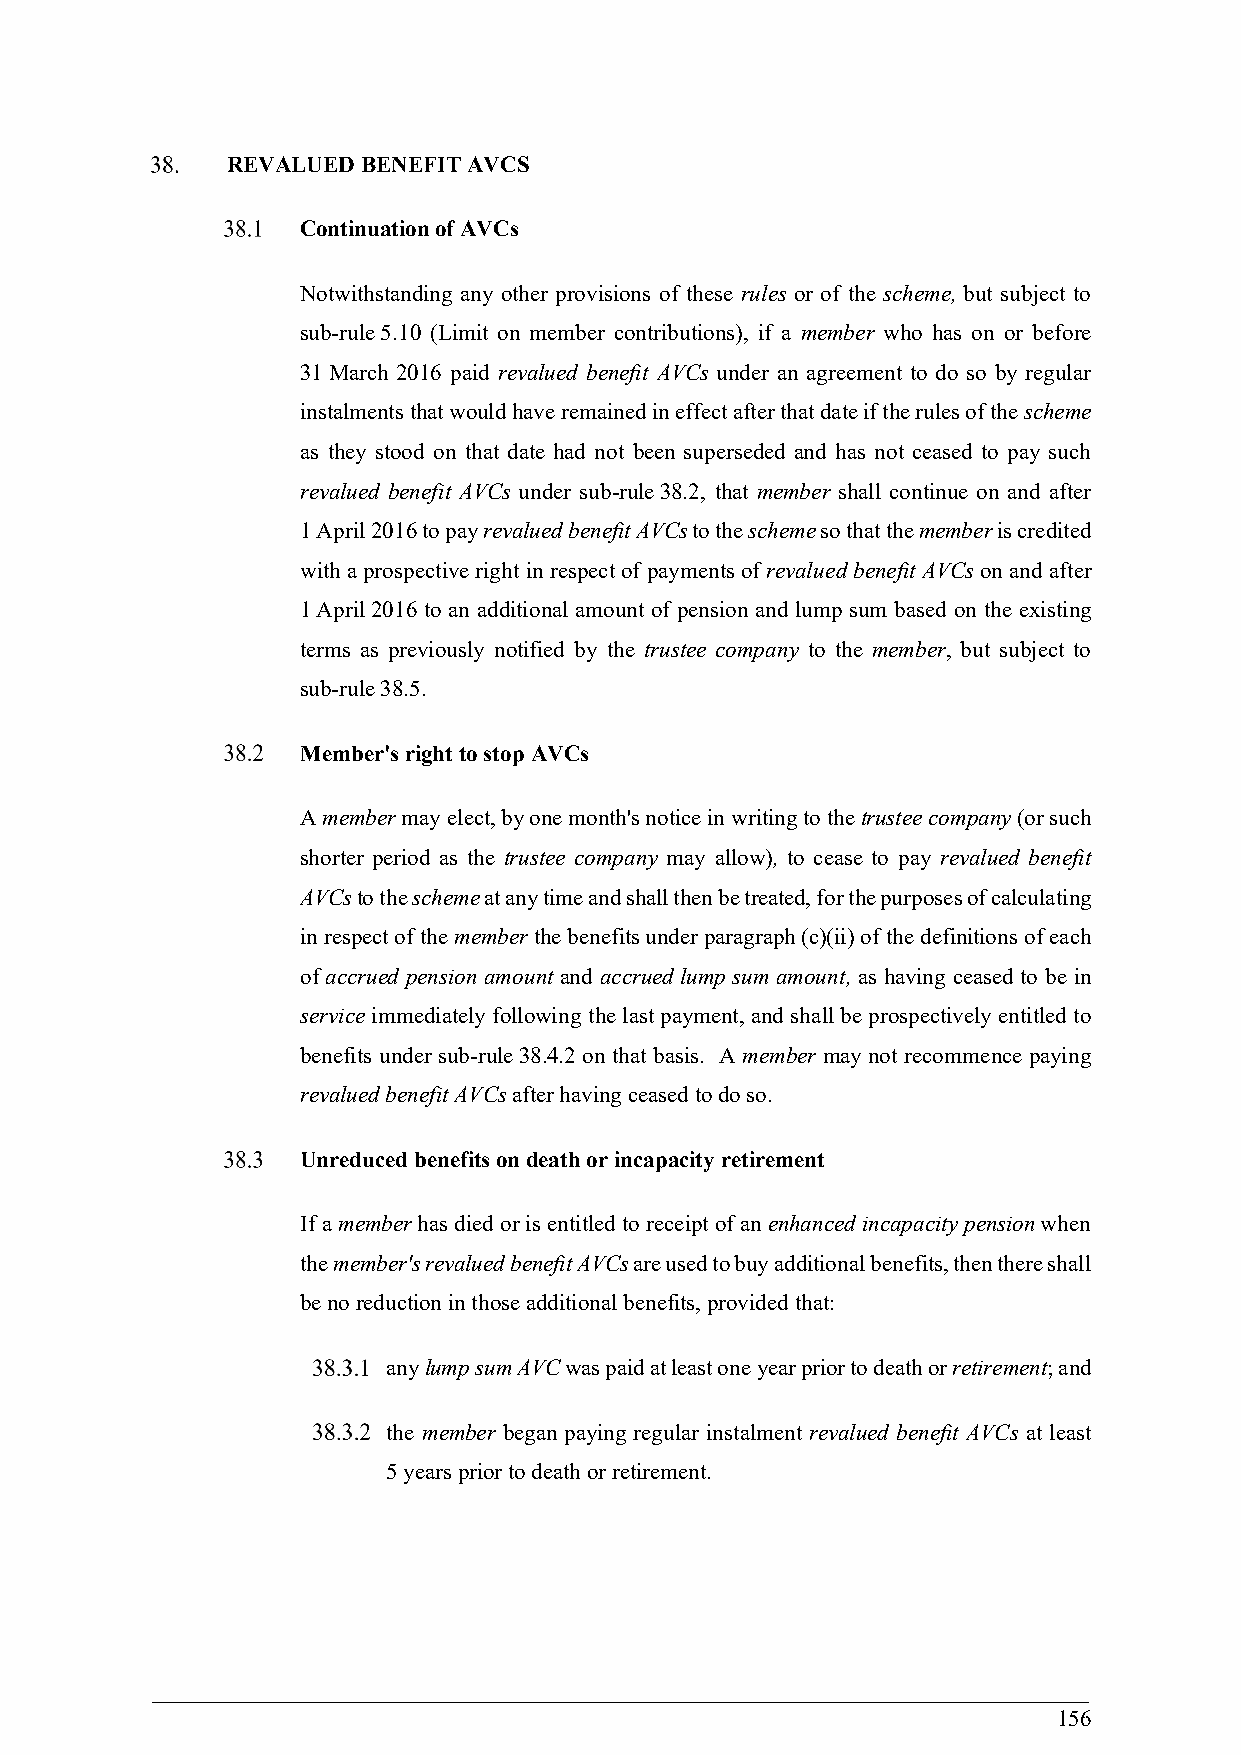
REVALUED BENEFIT AVCS
 Continuation of AVCs
 Notwithstanding any other provisions of these rules or of the scheme, but subject to
 sub-rule 5.10 (Limit on member contributions), if a member who has on or before
 31 March 2016 paid revalued benefit AVCs under an agreement to do so by regular
 instalments that would have remained in effect after that date if the rules of the scheme
 as they stood on that date had not been superseded and has not ceased to pay such
 revalued benefit AVCs under sub-rule 38.2, that member shall continue on and after
 1 April 2016 to pay revalued benefit AVCs to the scheme so that the member is credited
 with a prospective right in respect of payments of revalued benefit AVCs on and after
 1 April 2016 to an additional amount of pension and lump sum based on the existing
 terms as previously notified by the trustee company to the member, but subject to
 sub-rule 38.5.
 Member's right to stop AVCs
 A member may elect, by one month's notice in writing to the trustee company (or such
 shorter period as the trustee company may allow), to cease to pay revalued benefit
 AVCs to the scheme at any time and shall then be treated, for the purposes of calculating
 in respect of the member the benefits under paragraph (c)(ii) of the definitions of each
 of accrued pension amount and accrued lump sum amount, as having ceased to be in
 service immediately following the last payment, and shall be prospectively entitled to
 benefits under sub-rule 38.4.2 on that basis. A member may not recommence paying
 revalued benefit AVCs after having ceased to do so.
 Unreduced benefits on death or incapacity retirement
 If a member has died or is entitled to receipt of an enhanced incapacity pension when
 the member's revalued benefit AVCs are used to buy additional benefits, then there shall
 be no reduction in those additional benefits, provided that:
 any lump sum AVC was paid at least one year prior to death or retirement; and
 the member began paying regular instalment revalued benefit AVCs at least
 5 years prior to death or retirement.
 156